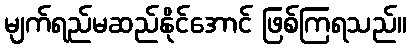
မျက်ရည်မဆည်နိုင်အောင် ဖြစ်ကြရသည်။